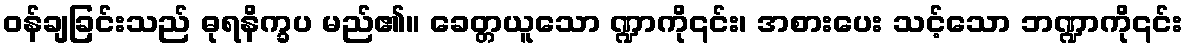
ဝန်ချခြင်းသည် ဓုရနိက္ခပ မည်၏။ ခေတ္တယူသော ဏ္ဍာကို၎င်း၊ အစားပေး သင့်သော ဘဏ္ဍာကို၎င်း